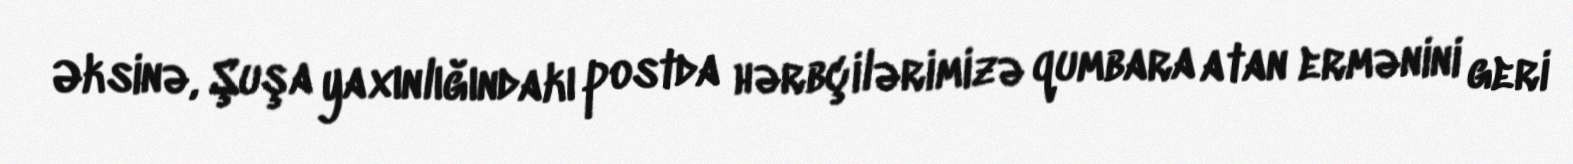
Əksinə, Şuşa yaxınlığındakı postda hərbçilərimizə qumbara atan ermənini geri